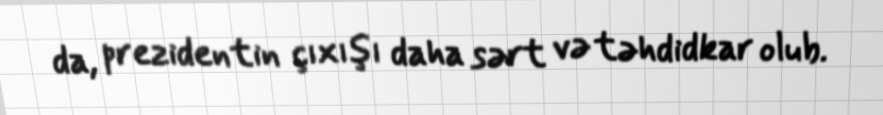
da, prezidentin çıxışı daha sərt və təhdidkar olub.